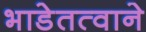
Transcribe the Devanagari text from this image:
भाडेतत्वाने